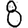
Digit: 8